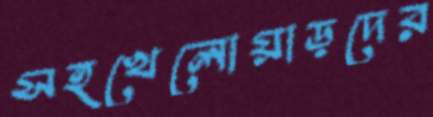
সহখেলোয়াড়দের